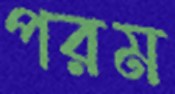
পরম